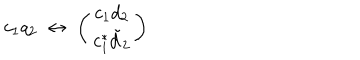
c _ { 1 } q _ { 2 } \; \leftrightarrow \; \left( \begin{array} { c } { { c _ { 1 } d _ { 2 } } } \\ { { c _ { 1 } ^ { * } \tilde { d } _ { 2 } } } \\ \end{array} \right)